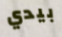
بيدي